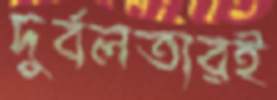
দুর্বলতারই